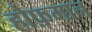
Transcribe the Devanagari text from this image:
होफ़मान